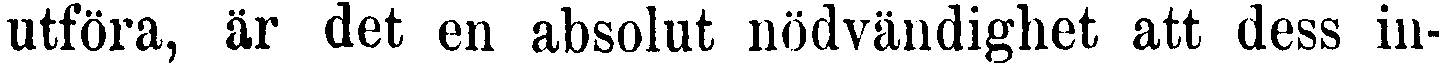
utföra, är det en absolut nödvändighet att dess in-